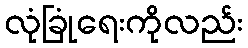
လုံခြုံရေးကိုလည်း